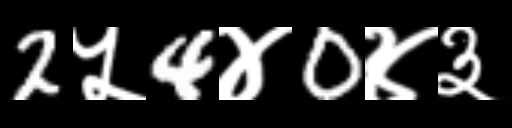
Text: 2५4४0४३